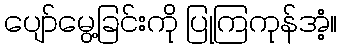
ပျော်မွေ့ခြင်းကို ပြုကြကုန်အံ့။